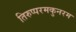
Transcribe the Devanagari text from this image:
तिरुप्परमकुनरम